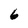
Character: 6